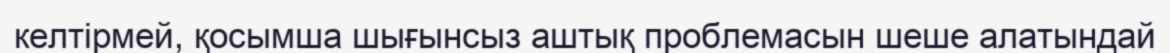
келтірмей, қосымша шығынсыз аштық проблемасын шеше алатындай